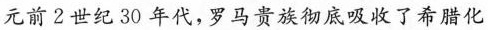
元前2世纪30年代，罗马贵族彻底吸收了希腊化